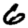
Digit: 6